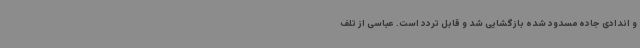
و اندادی جاده مسدود شده بازگشایی شد و قابل تردد است. عباسی از تلف